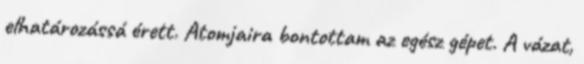
elhatározássá érett. Atomjaira bontottam az egész gépet. A vázat,